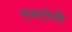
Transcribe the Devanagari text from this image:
एनटोनी